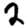
Digit: 2